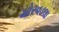
ચોરવડલા